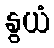
နွယံ